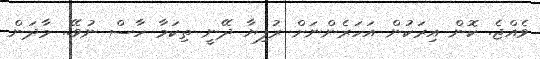
ވެއްޖެ. ކޮން އިރަކުން އަހަރެންނަށް ރުފިޔާ ދޭނީ ތިކަމާ ހާސް ނުވޭ.. މާދަން